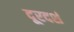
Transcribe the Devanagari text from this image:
दूरदर्श